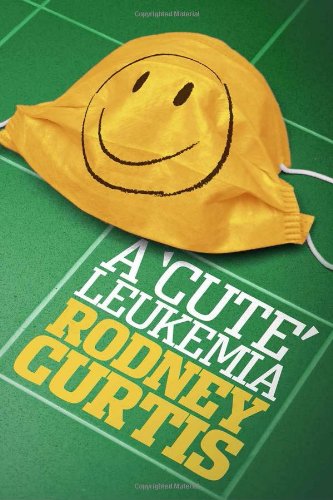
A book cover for A Cute Leukemia; Rodney Curtis; Humor & Entertainment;